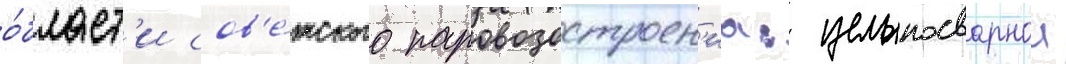
о́бласт'и сов'е́тского паровозостроен'иа: цельносварнои